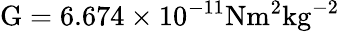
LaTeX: \mathrm{G}=6.674\times 10^{-11}\mathrm{Nm^{2}kg^{-2}}